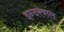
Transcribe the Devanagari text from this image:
इन्दरवाल